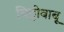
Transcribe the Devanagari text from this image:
चिट्टीबाबू